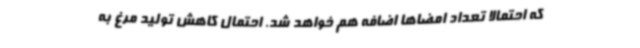
که احتمالا تعداد امضاها اضافه هم خواهد شد. احتمال کاهش تولید مرغ به